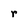
Character: r